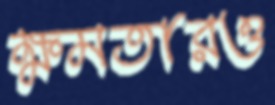
ক্ষমতারও